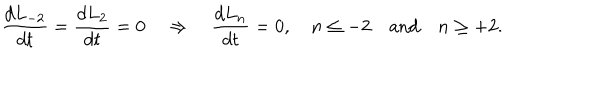
LaTeX: \frac { d L _ { - 2 } } { d t } = \frac { d L _ { 2 } } { d t } = 0 \quad \Rightarrow \quad \frac { d L _ { n } } { d t } = 0 , \quad n \le - 2 \quad \mathrm { a n d } \quad n \ge + 2 .